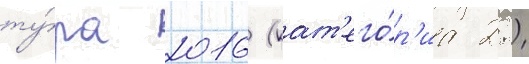
ту́ра 2016 (кат'его́р'иа 2.)